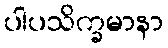
ပါပသိက္ခမာနာ